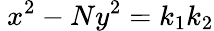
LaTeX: \ x^{2}-Ny^{2}=k_{1}k_{2}